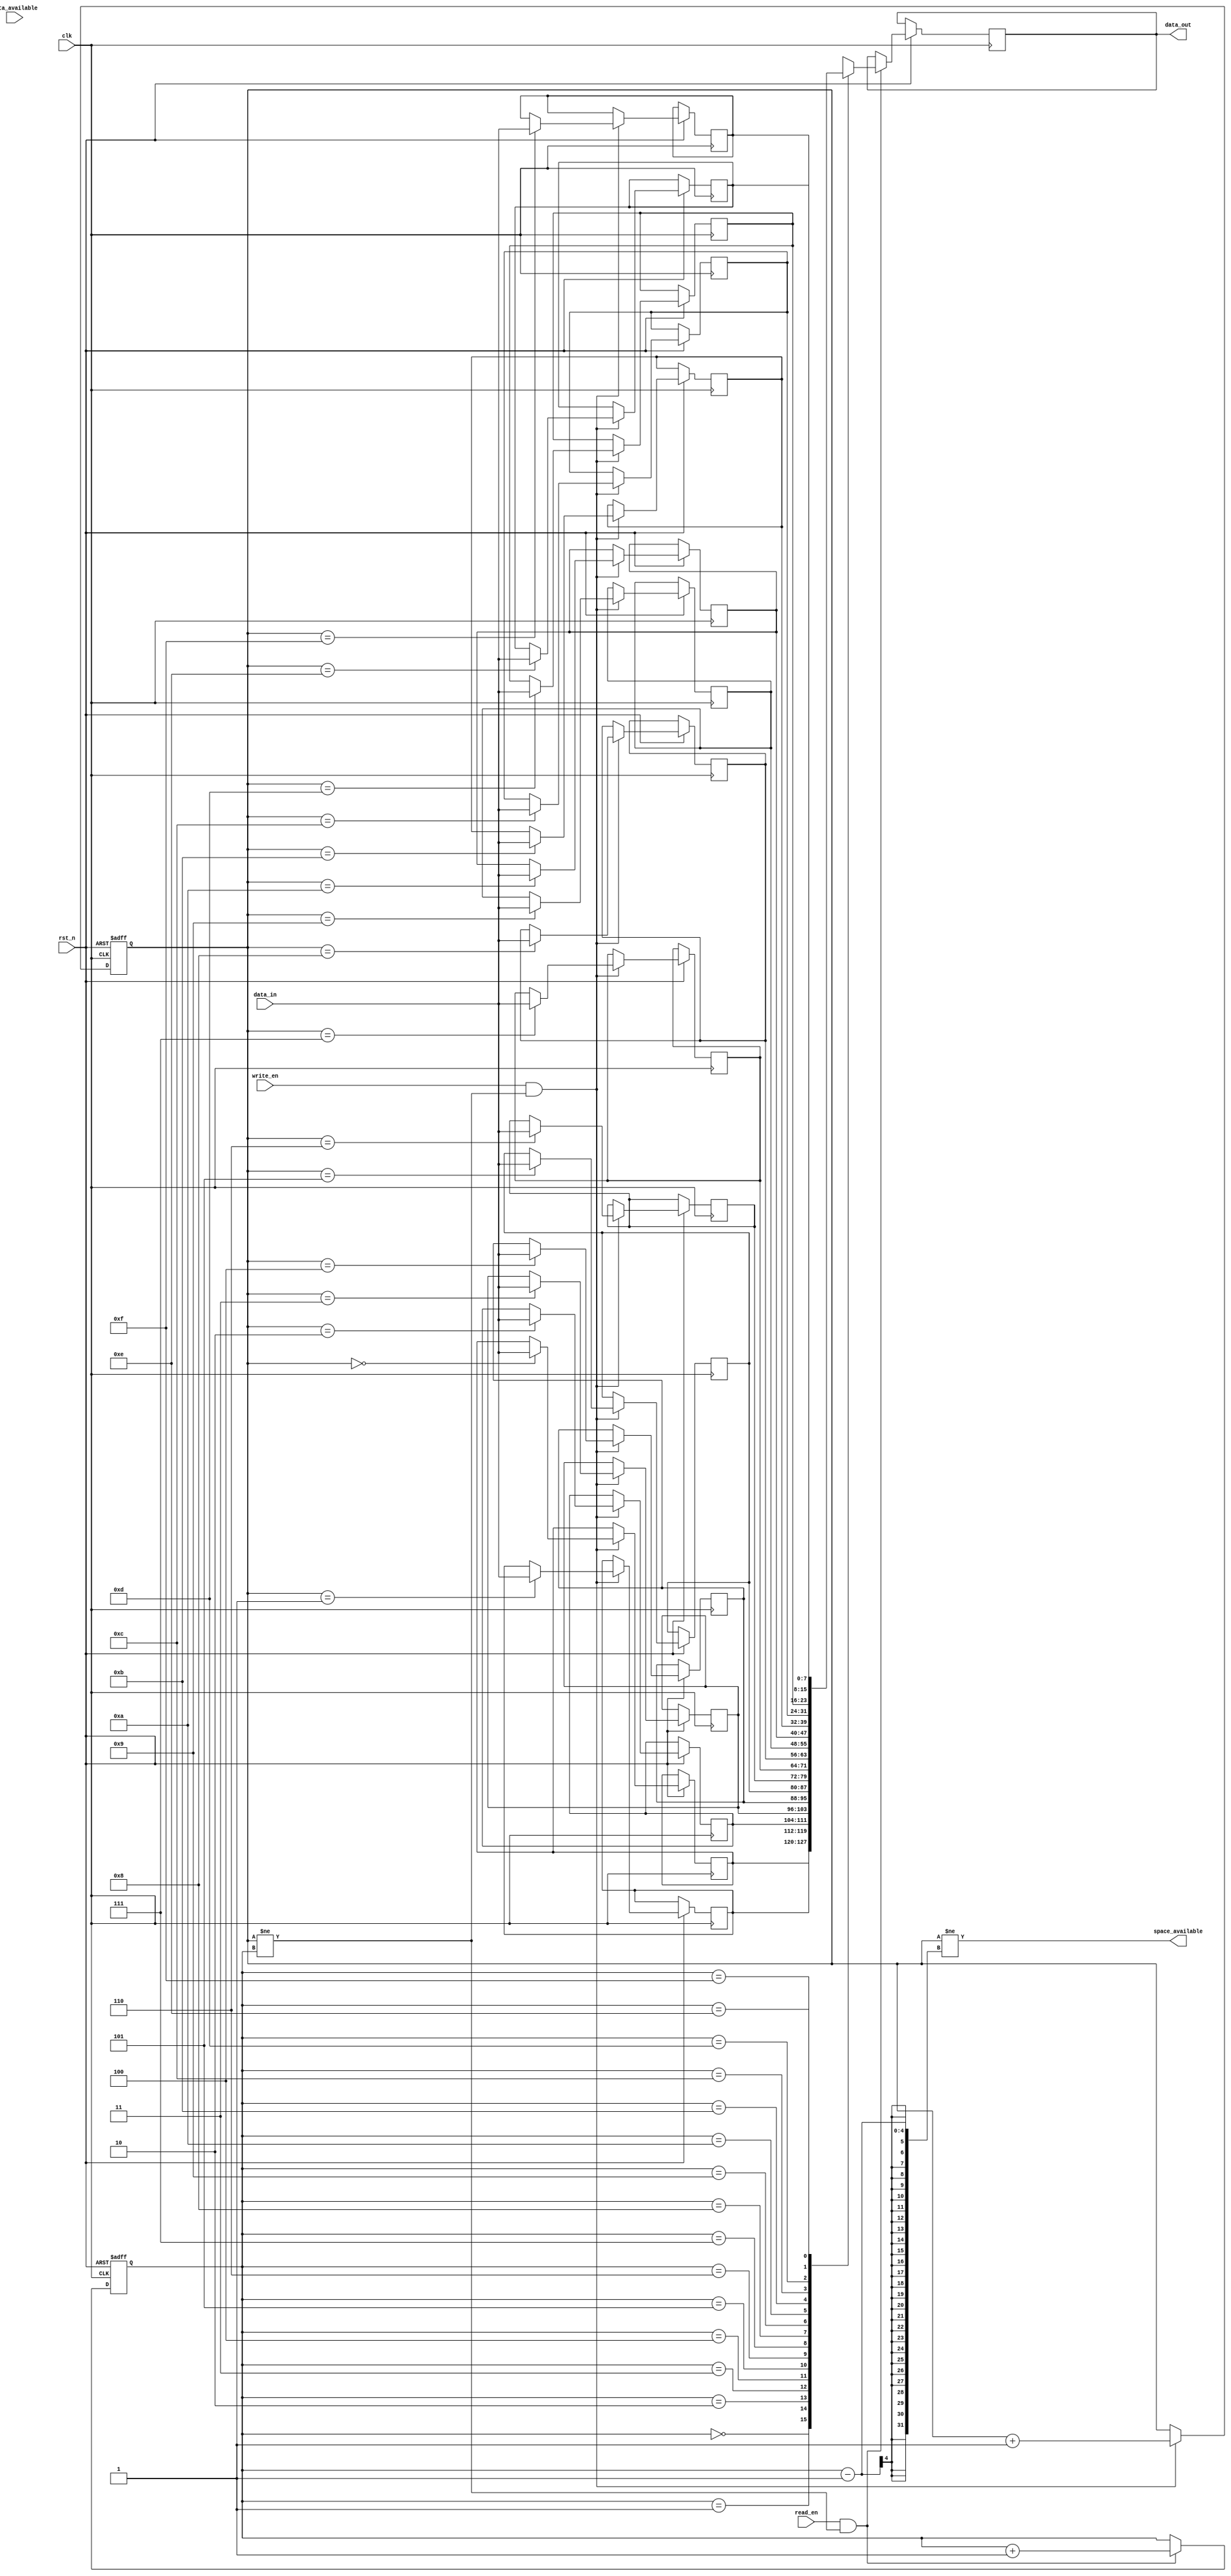
module fifo_buffer (
  input wire clk, // Clock signal
  input wire rst_n, // Active low reset signal
  input wire read_en, // Read enable signal
  input wire write_en, // Write enable signal
  input wire [DATA_WIDTH-1:0] data_in, // Input data
  output wire [DATA_WIDTH-1:0] data_out, // Output data
  input wire data_available, // Data available signal
  output wire space_available // Space available signal
);

parameter DEPTH = 16; // Depth of the FIFO buffer
parameter DATA_WIDTH = 8; // Width of the data bus

reg [DATA_WIDTH-1:0] mem [DEPTH-1:0];
reg [$clog2(DEPTH)-1:0] write_ptr, read_ptr;

always @(posedge clk or negedge rst_n) begin
  if (!rst_n) begin
    write_ptr <= 0;
    read_ptr <= 0;
  end else begin
    if (write_en && (write_ptr != read_ptr)) begin
      mem[write_ptr] <= data_in;
      write_ptr <= write_ptr + 1;
    end
    if (read_en && (write_ptr != read_ptr)) begin
      data_out <= mem[read_ptr];
      read_ptr <= read_ptr + 1;
    end
  end
end

assign space_available = (write_ptr != (read_ptr - 1));
assign data_available = (read_ptr != write_ptr);

endmodule